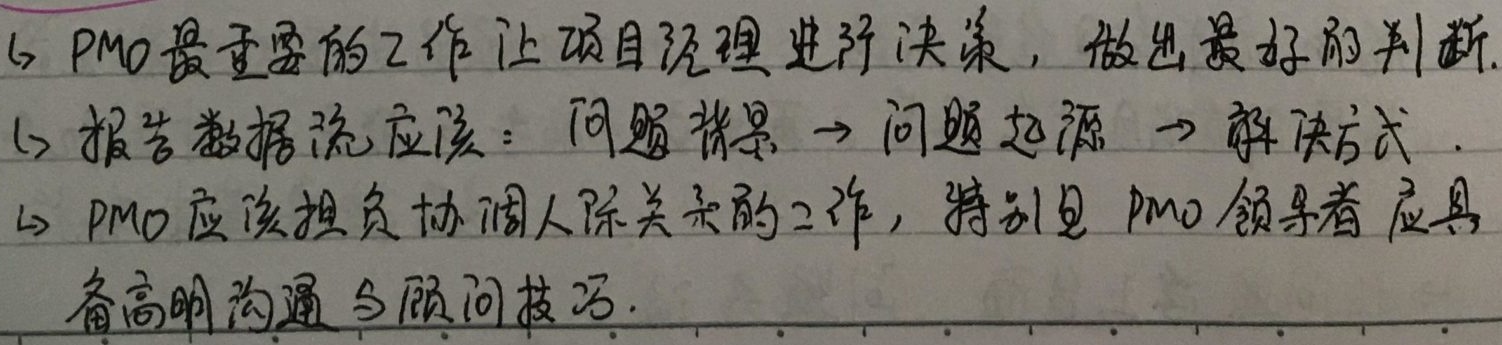
1. PMO最重要的工作让项目经理进行决策，做出最好的判断。
2. 报告数据流应该：问题背景→问题起源→解决方式。
3. PMO应该担负协调人际关系的工作，特别是PMO领导者应具备高明沟通与顾问技巧。